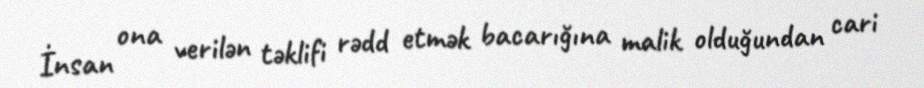
İnsan ona verilən təklifi rədd etmək bacarığına malik olduğundan cari